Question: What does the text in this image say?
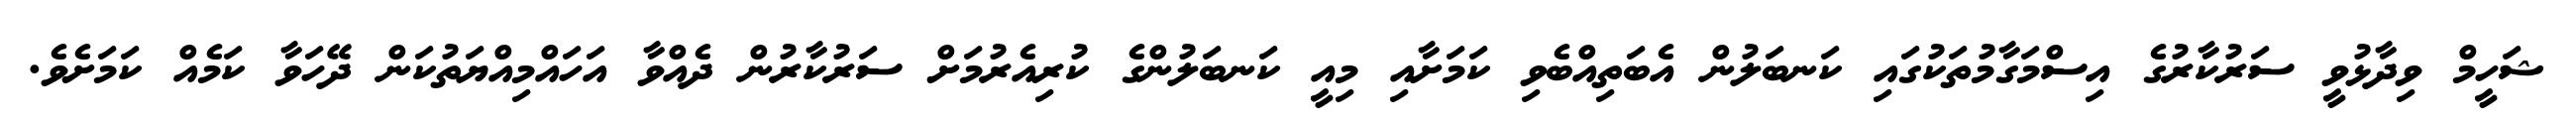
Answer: ޝަހީމް ވިދާޅުވީ ސަރުކާރުގެ އިސްމަގާމުތަކުގައި ކަނބަލުން އެބަތިއްބެވި ކަމަށާއި މިއީ ކަނބަލުންގެ ކުރިއެރުމަށް ސަރުކާރުން ދެއްވާ އަހައްމިއްޔަތުކަން ދޭހަވާ ކަމެއް ކަމަށެވެ.